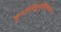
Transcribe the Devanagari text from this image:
कुर्यात्पितृनुद्दिश्ययत्नतः